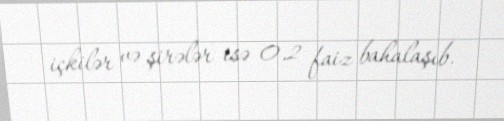
içkilər və şirələr isə 0,2 faiz bahalaşıb.